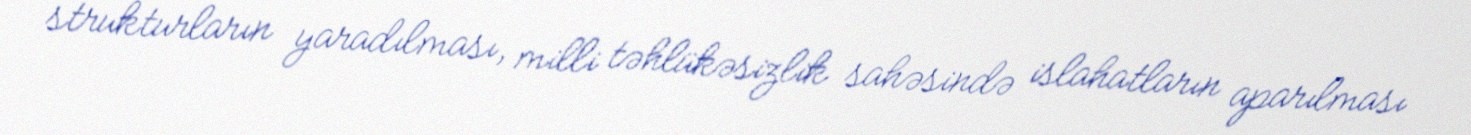
strukturların yaradılması, milli təhlükəsizlik sahəsində islahatların aparılması